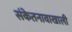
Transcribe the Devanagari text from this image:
संकेतनावाखाली